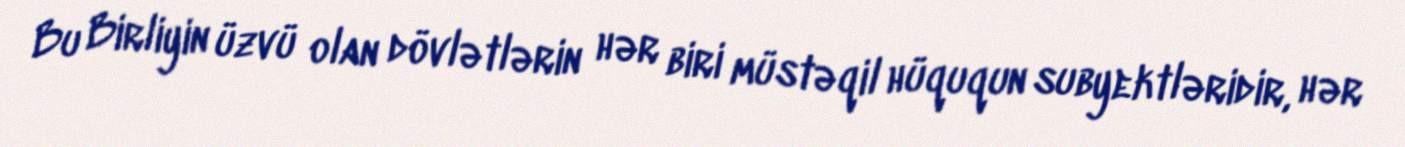
Bu Birliyin üzvü olan dövlətlərin hər biri müstəqil hüququn subyektləridir, hər